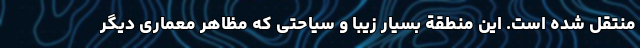
منتقل شده است. این منطقة بسیار زیبا و سیاحتی که مظاهر معماری دیگر